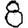
Digit: 8